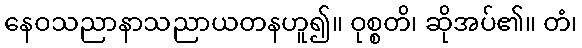
နေဝသညာနာသညာယတနဟူ၍။ ဝုစ္စတိ၊ ဆိုအပ်၏။ တံ၊